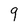
Character: 9